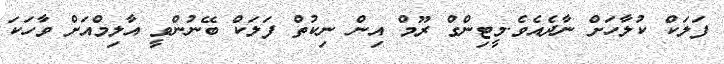
ފަލަކް ކުލާހަަށް ނާދެއެވެ.މީޓިންގް ރޫމް އިން ނިކުތް ފަލަކް ބޭނުންވީ އާލިމްއަށް ވާހަކަ